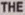
THE